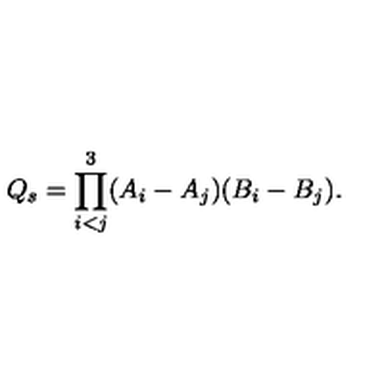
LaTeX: Q _ { s } = \prod _ { i < j } ^ { 3 } ( A _ { i } - A _ { j } ) ( B _ { i } - B _ { j } ) .